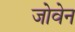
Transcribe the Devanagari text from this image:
जोवेन